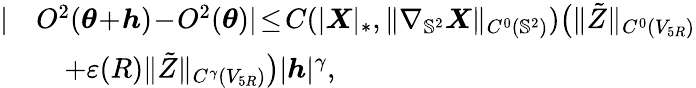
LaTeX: \begin{array}{rl}{|}&{O^{2}({\boldsymbol{\theta}}\! +\! {\boldsymbol{h}})\! -\! O^{2}({\boldsymbol{\theta}})|\! \leq\! C(|\boldsymbol{X}|_{*},\| \nabla_{\mathbb{S}^{2}}\boldsymbol{X}\| _{C^{0}(\mathbb{S}^{2})})\big(\| \tilde{Z}\| _{C^{0}(V_{5R})}}\\ &{\quad+\varepsilon(R)\| \tilde{Z}\| _{C^{\gamma}(V_{5R})}\big)|{\boldsymbol{h}}|^{\gamma},}\end{array}